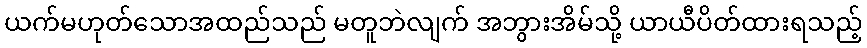
ယက်မဟုတ်သောအထည်သည် မတူဘဲလျက် အဘွားအိမ်သို့ ယာယီပိတ်ထားရသည့်